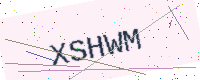
Text: XSHWM